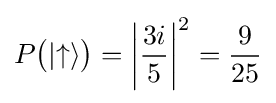
P{\big (}|{\uparrow }\rangle {\big )}=\left|{\frac {3i}{5}}\right|^{2}={\frac {9}{25}}